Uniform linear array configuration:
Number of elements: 4
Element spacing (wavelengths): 0.25
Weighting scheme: blackman
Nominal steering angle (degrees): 45
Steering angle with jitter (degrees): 45.419
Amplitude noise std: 0.05
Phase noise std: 0.05

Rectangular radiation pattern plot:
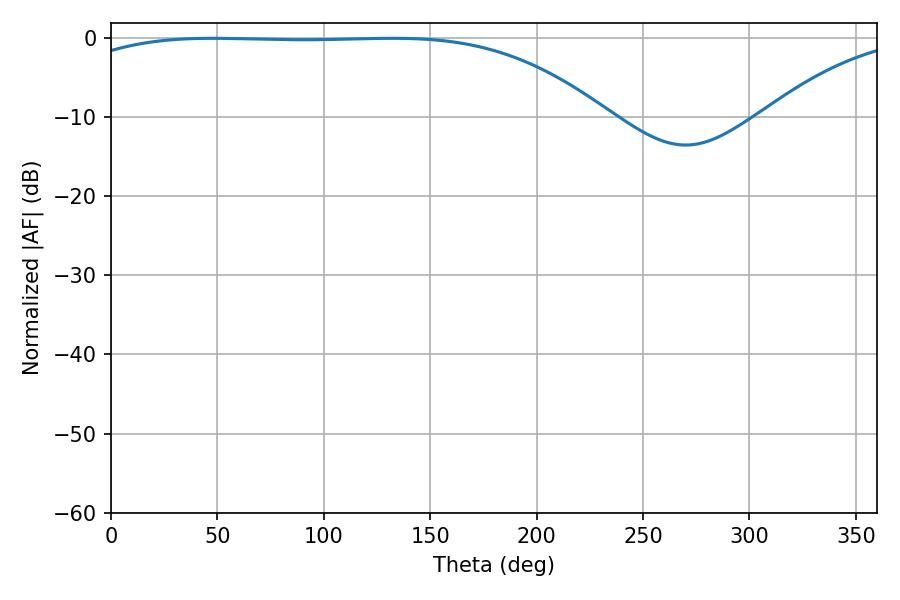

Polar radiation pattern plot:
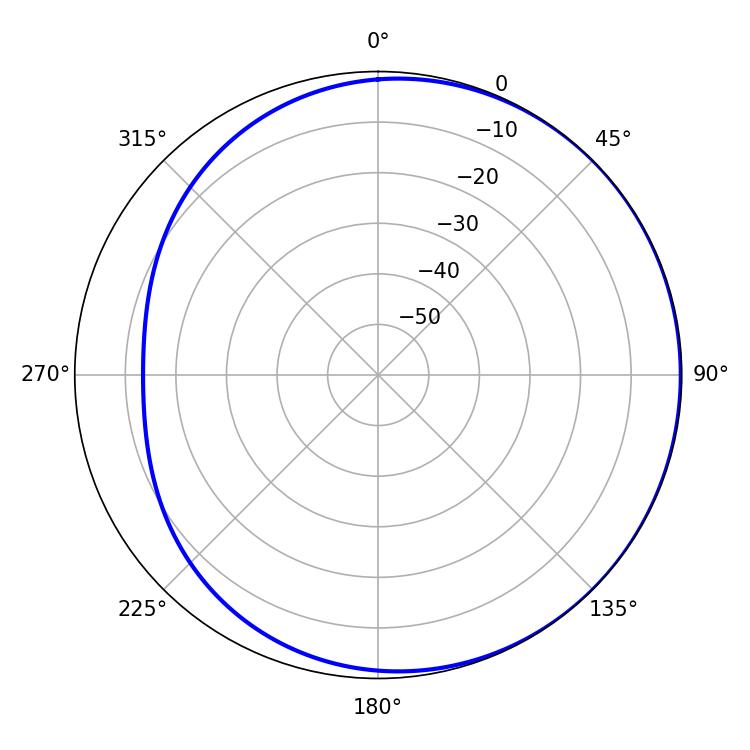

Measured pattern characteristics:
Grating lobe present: FALSE
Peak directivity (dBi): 0.8924
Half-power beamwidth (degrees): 195.12
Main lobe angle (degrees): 47.7